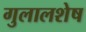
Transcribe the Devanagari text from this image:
गुलालशेष